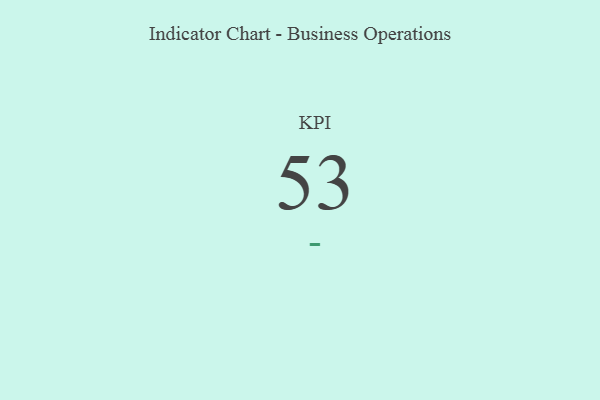
{"axis": {"x": "KPI", "y": "Value"}, "legend": [""], "data": [{"x": "KPI", "y": 53, "type": ""}]}